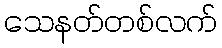
သေနတ်တစ်လက်